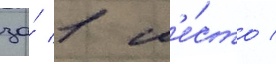
за́ 1 м'е́сто /